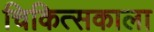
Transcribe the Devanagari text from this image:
चिकित्सकाला